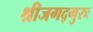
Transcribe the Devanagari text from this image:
श्रीजगद्गुरुः